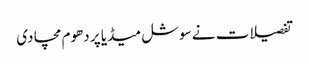
تفصیلات نے سوشل میڈیا پر دھوم مچا دی